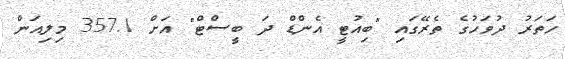
ހަތަރު ދުވަހުގެ ތެރޭގައި "ބިއުޓީ އެންޑް ދަ ބީސްޓް" އަށް 357.1 މިލިއަން